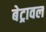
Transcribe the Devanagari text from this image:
बेट्रावल